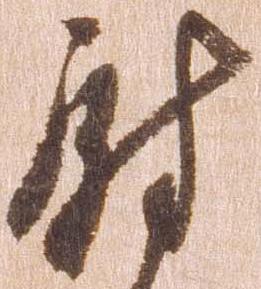
尉